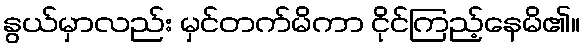
နွယ်မှာလည်း မှင်တက်မိကာ ငိုင်ကြည့်နေမိ၏။